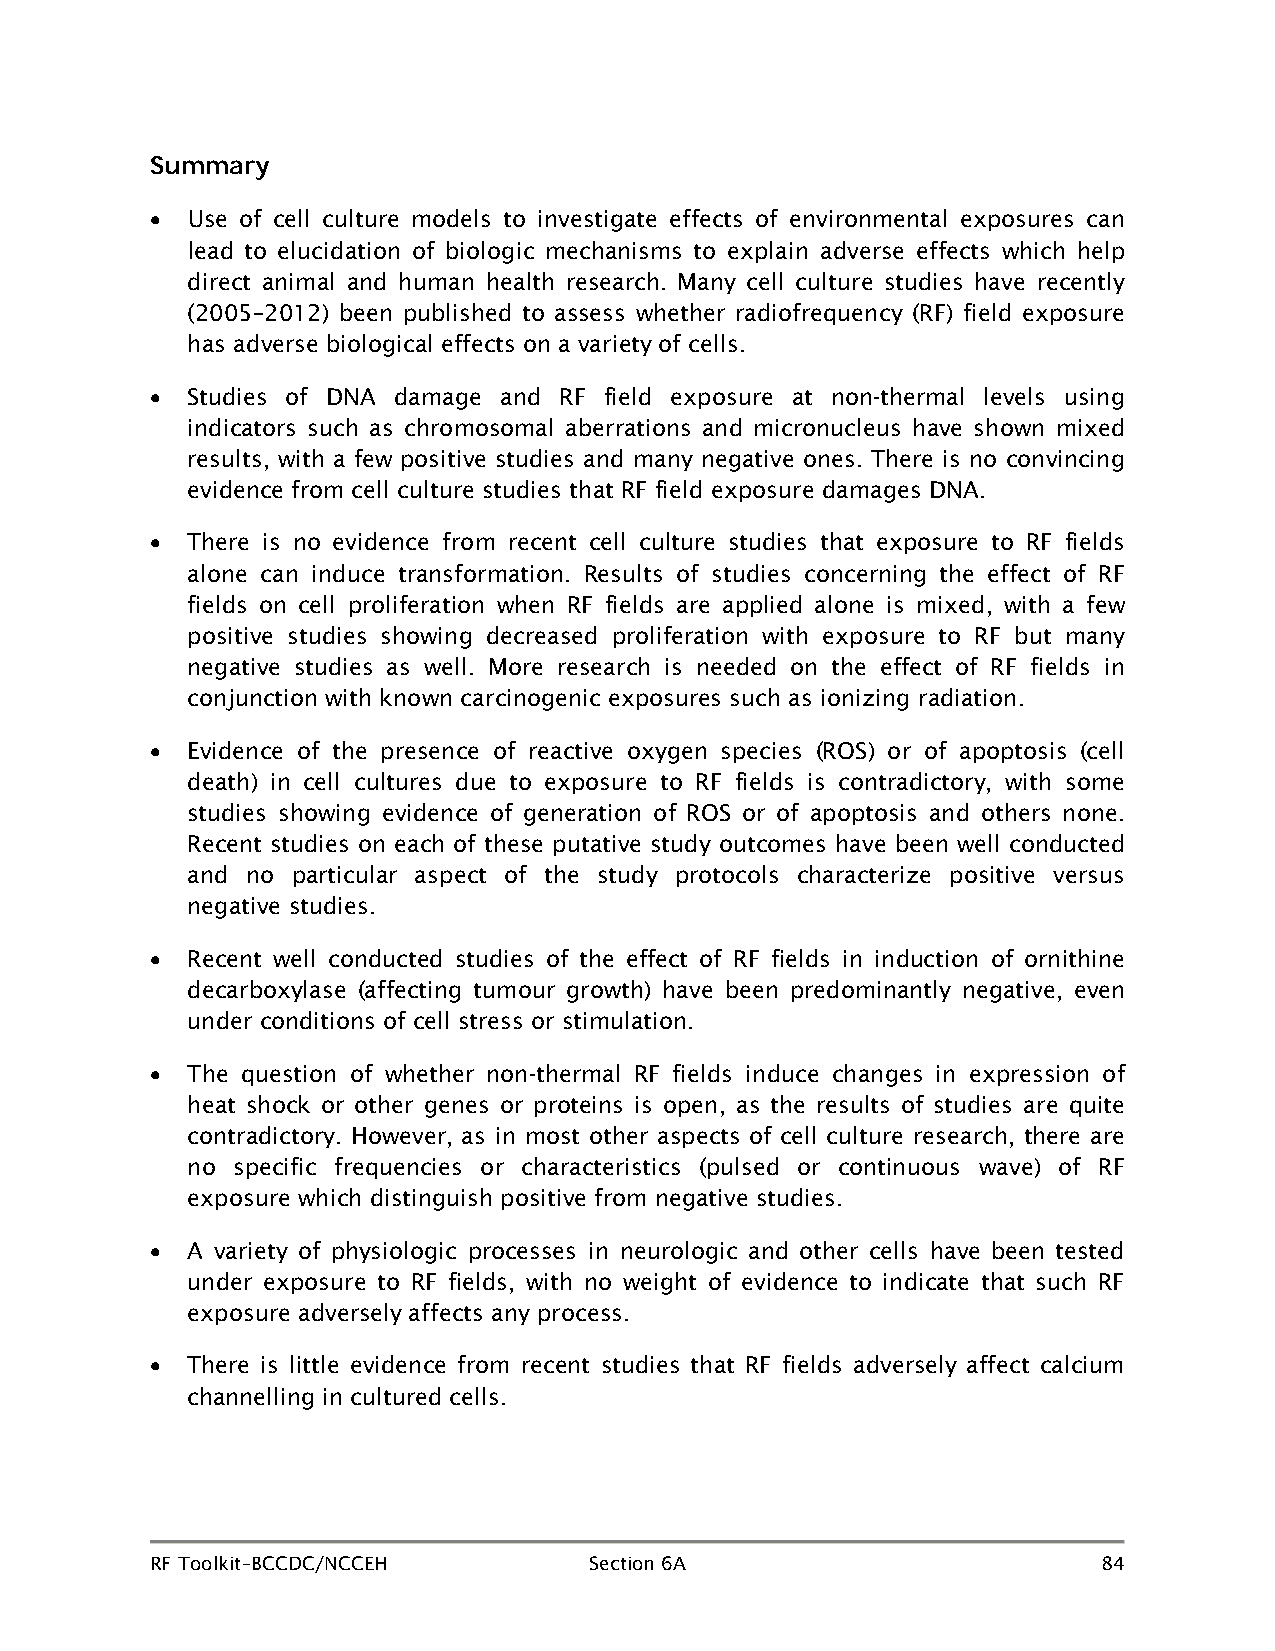
Summary
 • Use of cell culture models to investigate effects of environmental exposures can
 lead to elucidation of biologic mechanisms to explain adverse effects which help
 direct animal and human health research. Many cell culture studies have recently
 (2005–2012) been published to assess whether radiofrequency (RF) field exposure
 has adverse biological effects on a variety of cells.
 • Studies of DNA damage and RF field exposure at non-thermal levels using
 indicators such as chromosomal aberrations and micronucleus have shown mixed
 results, with a few positive studies and many negative ones. There is no convincing
 evidence from cell culture studies that RF field exposure damages DNA.
 • There is no evidence from recent cell culture studies that exposure to RF fields
 alone can induce transformation. Results of studies concerning the effect of RF
 fields on cell proliferation when RF fields are applied alone is mixed, with a few
 positive studies showing decreased proliferation with exposure to RF but many
 negative studies as well. More research is needed on the effect of RF fields in
 conjunction with known carcinogenic exposures such as ionizing radiation.
 • Evidence of the presence of reactive oxygen species (ROS) or of apoptosis (cell
 death) in cell cultures due to exposure to RF fields is contradictory, with some
 studies showing evidence of generation of ROS or of apoptosis and others none.
 Recent studies on each of these putative study outcomes have been well conducted
 and no particular aspect of the study protocols characterize positive versus
 negative studies.
 • Recent well conducted studies of the effect of RF fields in induction of ornithine
 decarboxylase (affecting tumour growth) have been predominantly negative, even
 under conditions of cell stress or stimulation.
 • The question of whether non-thermal RF fields induce changes in expression of
 heat shock or other genes or proteins is open, as the results of studies are quite
 contradictory. However, as in most other aspects of cell culture research, there are
 no specific frequencies or characteristics (pulsed or continuous wave) of RF
 exposure which distinguish positive from negative studies.
 • A variety of physiologic processes in neurologic and other cells have been tested
 under exposure to RF fields, with no weight of evidence to indicate that such RF
 exposure adversely affects any process.
 • There is little evidence from recent studies that RF fields adversely affect calcium
 channelling in cultured cells.
 RF Toolkit–BCCDC/NCCEH       Section 6A                        84